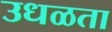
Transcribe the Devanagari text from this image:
उधळता